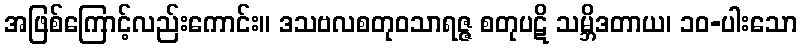
အဖြစ်ကြောင့်လည်းကောင်း။ ဒသဗလစတုဝသာရဇ္ဇ စတုပဋိ သမ္ဘိဒတာယ၊ ၁၀-ပါးသော